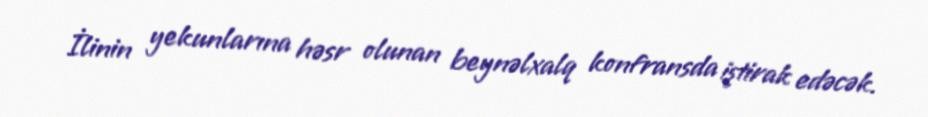
İlinin yekunlarına həsr olunan beynəlxalq konfransda iştirak edəcək.